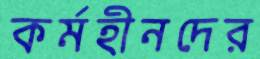
কর্মহীনদের